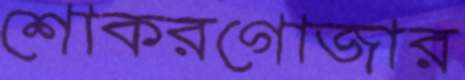
শোকরগোজার